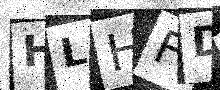
Text: HLHFD0